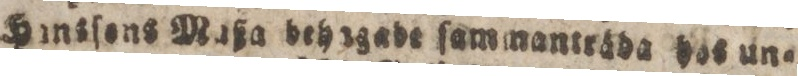
Hinsſens Maßa dehagade ſammanträda hos un=